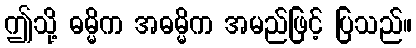
ဤသို့ ဓမ္မိက အဓမ္မိက အမည်ဖြင့် ပြသည်။